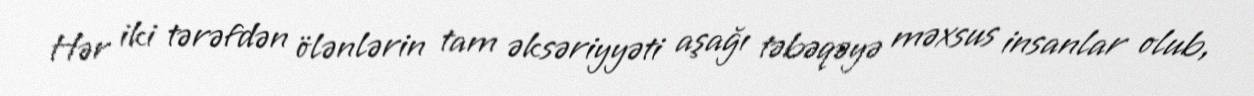
Hər iki tərəfdən ölənlərin tam əksəriyyəti aşağı təbəqəyə məxsus insanlar olub,